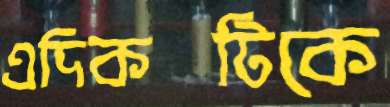
এদিকটিকে